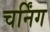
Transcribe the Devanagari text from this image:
चर्निंग